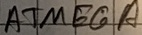
Text: ATMEGA